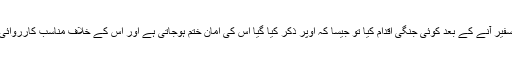
اگر اس نے بطورِ سفیر آنے کے بعد کوئی جنگی اقدام کیا تو جیسا کہ اوپر ذکر کیا گیا اس کی امان ختم ہوجاتی ہے اور اس کے خلاف مناسب کارروائی کی جاسکتی ہے ۔